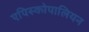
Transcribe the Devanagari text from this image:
एपिस्कोपालियन